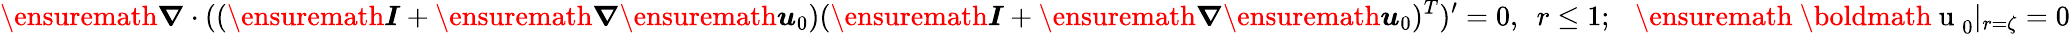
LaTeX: \ensuremath{\boldsymbol{\nabla}}\cdot((\ensuremath{\boldsymbol{I}}+\ensuremath{\boldsymbol{\nabla}}\ensuremath{\boldsymbol{u}}_{0})(\ensuremath{\boldsymbol{I}}+\ensuremath{\boldsymbol{\nabla}}\ensuremath{\boldsymbol{u}}_{0})^{T})^{\prime}=0,~~r\leq 1;~~~\ensuremath{\mathrm{~\boldmath~u~}}_{0}|_{r=\zeta}=0